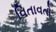
વિતાવતો